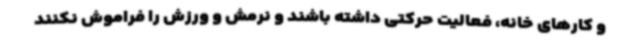
و کارهای خانه، فعالیت حرکتی داشته باشند و نرمش و ورزش را فراموش نکنند